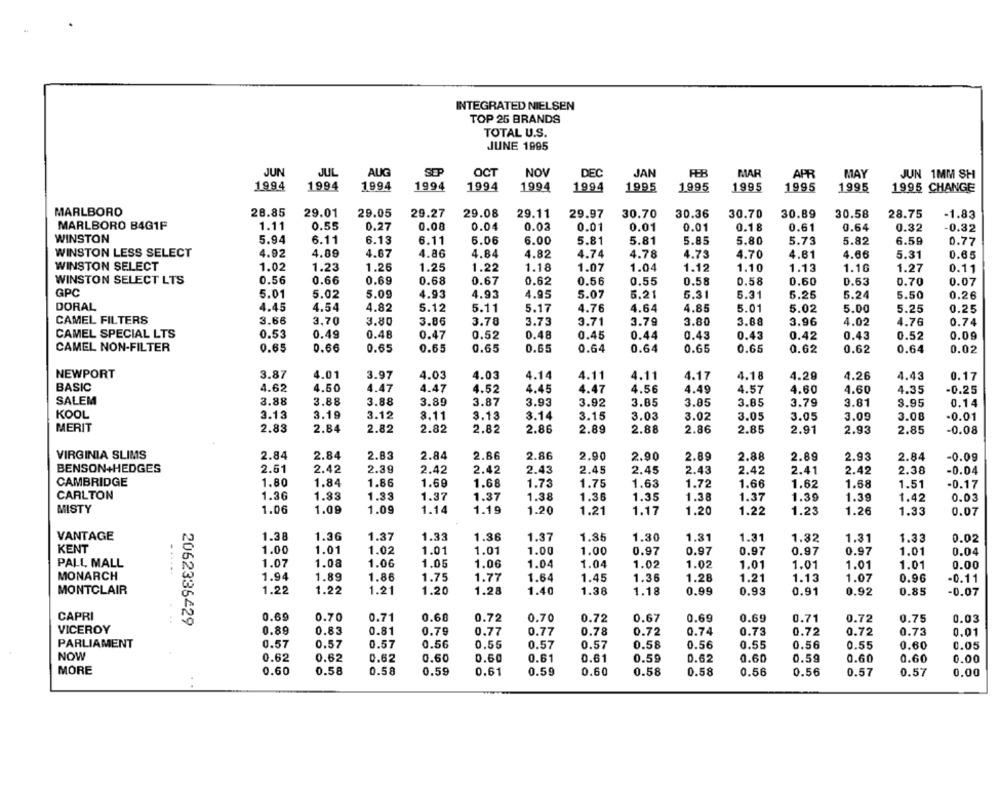
INTEGRATED NIELSEN
TOP 25 BRANDS
TOTAL U.S.
JUNE 1995
JUN
JUL
AUG
SEP
OCT
NOV
DEC
JAN
FEB
MAR
APR
MAY
JUN 1MM SH
1994
1994
1994
1994
1994
1994
1994
1995
1995
1995
1995
1995
1995 CHANGE
MARLBORO
28.85
29.01
29.05
29.27
29.08
29.11
29.97
30.70
30.36
30.70
30.89
30.58
28.75
-1.83
MARLBORO B4G1F
1.11
0.55
0.27
0.00
0.04
0.03
0.01
0.01
0.01
0.18
0.61
0.64
0.32
-0.32
WINSTON
5.94
6.11
6.13
6.11
6.06
6.00
5.81
5.81
5.85
5.80
5.73
5.82
6.59
0.77
WINSTON LESS SELECT
4.92
4.89
4.67
4.86
4.84
4.82
4.74
4.78
4.73
4.70
4.61
4.66
5.31
0.65
WINSTON SELECT
1.02
1.23
1.26
1.25
1.22
1.18
1.07
1.04
1.12
1.10
1.13
1.10
1.27
0.11
WINSTON SELECT LTS
0.56
0.66
0.69
0.68
0.67
0.62
0.56
0.55
0.58
0.58
0.60
0.53
0.70
0.07
GPC
5.01
5.02
4.93
5.07
5.21
5.31
5.24
5.09
4.93
4.95
5.31
5.25
5.50
0.26
DORAL
4.45
4.54
4.82
5.12
5.11
5.17
4.76
4.64
4.85
5.01
5.02
5.00
5.25
0.25
CAMEL FILTERS
3.66
3,70
3.80
3.86
3.78
3.73
3.71
3.79
3.80
3.88
3.96
4.02
4.76
0.74
CAMEL SPECIAL LTS
0.53
0.49
0.48
0.47
0.52
0.48
0.45
0.44
0.43
0.43
0.42
0.43
0.52
0.09
CAMEL NON-FILTER
0.65
0.66
0.65
0.65
0.65
0.65
0.64
0.64
0.65
0.64
0.65
0.62
0.62
0.02
NEWPORT
3.87
4.01
3.97
4.03
4.03
4.14
4.11
4.11
4.17
4.18
4.29
4.26
4.43
0.17
BASIC
4.62
4.50
4.47
4.47
4.52
4.45
4.47
4.56
4.49
4.57
4.60
4.60
4.35
-0.25
SALEM
3.88
3.88
3.88
3.89
3.87
3.93
3.92
3.85
3.85
3.85
3.79
3.81
3.95
0.14
KOOL
3.13
3.19
3.12
8.11
3.13
3.14
3.15
3.03
3.02
3.05
3.05
3.09
3.08
-0.01
MERIT
2.84
2.83
2.82
2.82
2.82
2.86
2.89
2.88
2.86
2.85
2.91
2.93
2.85
-0.08
VIRGINIA SLIMS
2.84
2.84
2.83
2.84
2.86
2.86
2.90
2.90
2.89
2.88
2.89
2.93
2.84
-0.09
BENSON+HEDGES
2.61
2.42
2.39
2.42
2.42
2.43
2.45
2.45
2.43
2.42
2.41
2.42
2.38
-0.04
CAMBRIDGE
1.80
1.84
1.69
1.68
1.72
1.86
1.73
1.75
1.63
1.66
1.62
1.68
1.51
-0.17
CARLTON
1.36
1.83
1.33
1.37
1.37
1.38
1.36
1.35
1.38
1.37
1.39
1.39
1.42
0.03
MISTY
1.06
1.09
1.09
1.14
1.19
1.20
1.21
1.17
1.20
1.22
1.23
1.26
1.33
0.07
VANTAGE
1.38
1.36
1.37
1.33
1.36
1.37
1.35
1.30
1.31
1.31
1.32
1.31
1.33
0.02
KENT
1.00
1.01
1.02
1.01
1.01
1.00
1.00
0.97
0.97
0.97
0.97
0.97
1.01
0.04
PALL MALL
1.07
1.08
1.04
1.02
1.06
1.05
1.06
1.04
1.02
1.01
1.01
1.01
1.01
0.00
MONARCH
......
1.94
1.89
1.86
1.75
1.77
1.64
1.45
1.36
1.28
1.21
1.13
1.07
0.96
-0.11
MONTCLAIR
1.22
1.22
1.21
1.20
1.28
1.40
1.38
1.18
0.99
0.93
0.91
0.92
0.85
-0.07
CAPRI
0.69
0.70
0.71
0.68
0.72
0.70
0.72
0.67
0.69
0.69
0.71
0.72
0.03
2062336-29
0.75
VICEROY
0.89
0.83
0.81
0.79
0.77
0.77
0.78
0.72
0.74
0.73
0.72
0.72
0.73
0.01
PARLIAMENT
0.57
0.57
0.57
0.56
0.55
0.57
0.57
0.58
0.56
0.55
0.56
0.55
0.60
0.05
NOW
0.62
0.62
0.62
0.60
0.60
0.61
0.61
0.60
0.60
0.59
0.62
0.59
0.60
0.00
MORE
0.60
0.58
0.58
0.59
0.61
0.59
0.60
0.58
0.58
0.56
0.56
0.57
0.57
0.00
. .